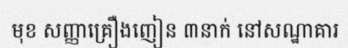
មុខ សញ្ញាគ្រឿងញៀន ៣នាក់ នៅសណ្ឋាគារ